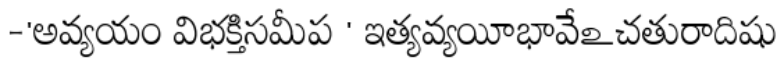
-'అవ్యయం విభక్తిసమీప ' ఇత్యవ్యయీభావేఽచతురాదిషు